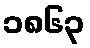
၁၈၆၃